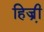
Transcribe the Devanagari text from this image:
हिज्री़